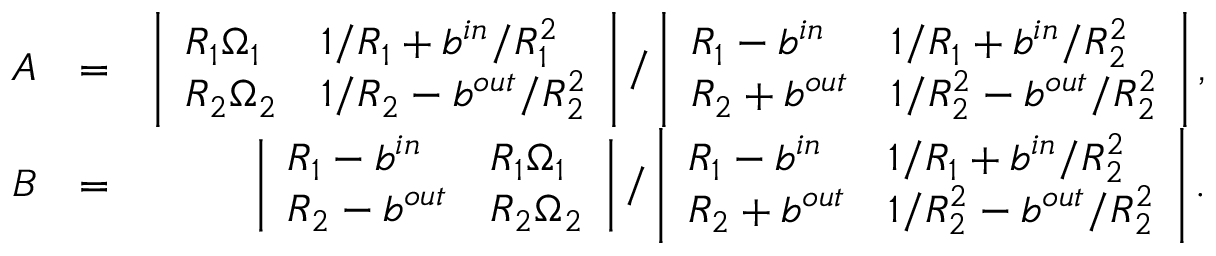
\begin{array} { r l r } { A } & { = } & { \left| \begin{array} { l l } { R _ { 1 } \Omega _ { 1 } } & { 1 / R _ { 1 } + b ^ { i n } / R _ { 1 } ^ { 2 } } \\ { R _ { 2 } \Omega _ { 2 } } & { 1 / R _ { 2 } - b ^ { o u t } / R _ { 2 } ^ { 2 } } \end{array} \right| / \left| \begin{array} { l l } { R _ { 1 } - b ^ { i n } } & { 1 / R _ { 1 } + b ^ { i n } / R _ { 2 } ^ { 2 } } \\ { R _ { 2 } + b ^ { o u t } } & { 1 / R _ { 2 } ^ { 2 } - b ^ { o u t } / R _ { 2 } ^ { 2 } } \end{array} \right| , } \\ { B } & { = } & { \left| \begin{array} { l l } { R _ { 1 } - b ^ { i n } } & { R _ { 1 } \Omega _ { 1 } } \\ { R _ { 2 } - b ^ { o u t } } & { R _ { 2 } \Omega _ { 2 } } \end{array} \right| / \left| \begin{array} { l l } { R _ { 1 } - b ^ { i n } } & { 1 / R _ { 1 } + b ^ { i n } / R _ { 2 } ^ { 2 } } \\ { R _ { 2 } + b ^ { o u t } } & { 1 / R _ { 2 } ^ { 2 } - b ^ { o u t } / R _ { 2 } ^ { 2 } } \end{array} \right| . } \end{array}